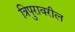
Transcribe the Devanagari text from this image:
त्रिपुरावरील